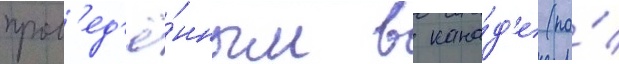
пров'ед'ё́нным в кана́д'е (по́